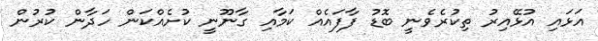
އަޅައި އުޅޭއިރު ތިކުރެވެނީ ބޮޑު ފާފައެއް ކަމާއި ގާނޫނީ ކުށެއްކަން ހަދާން ކުރުން